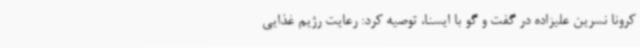
کرونا نسرین علیزاده در گفت و گو با ایسنا، توصیه کرد: رعایت رژیم غذایی